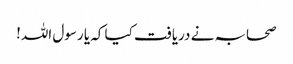
صحابہ نے دریافت کیا کہ یا رسول اللہ!